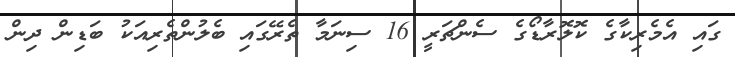
ގައި އެމެރިކާގެ ކޮލޮރާޑޯގެ ސެންޗަރީ 16 ސިނަމާ ތެރޭގައި ބެލުންތެރިއަކު ބަޑިން ދިން